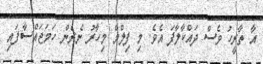
އާ ތާރީހު ވެސް ދައްކާލާފަ އެވެ. މި ފިލްމް މިހާރު ނެރެން ހަމަޖައްސާފައި